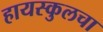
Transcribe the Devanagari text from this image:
हायस्‍कुलचा